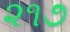
૨૧૭